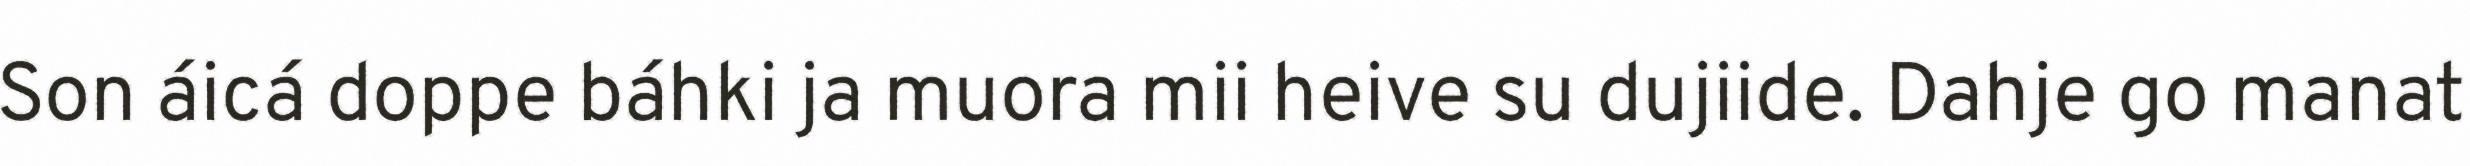
Son áicá doppe báhki ja muora mii heive su dujiide. Dahje go manat